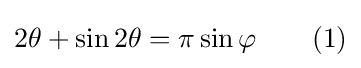
2\theta +\sin 2\theta =\pi \sin \varphi \qquad (1)